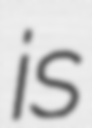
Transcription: is